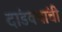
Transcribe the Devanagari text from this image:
दांडक्यांची